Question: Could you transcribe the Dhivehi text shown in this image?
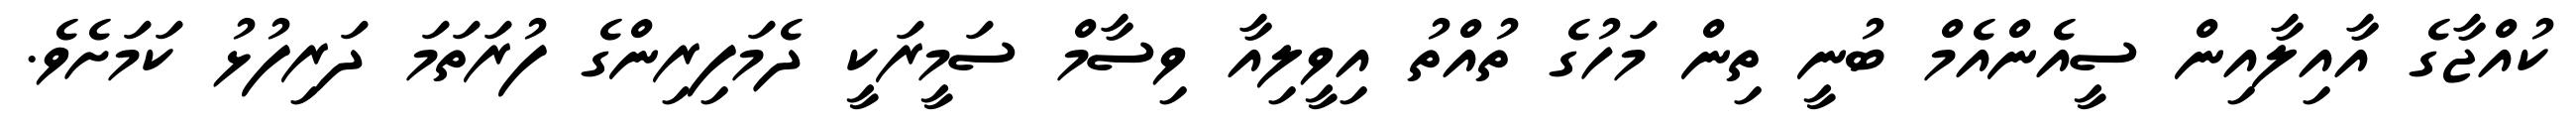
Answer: ކުއްޖާގެ އާއިލާއިން ސީއެންއެމް ބުނީ ތިން މަހުގެ ތުއްތު އިވީލިއާ ވިސާމް ސަމީރަކީ ދެމަފިރިންގެ ފުރަތަމަ ދަރިފުޅު ކަމަށެވެ.